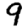
Digit: 9